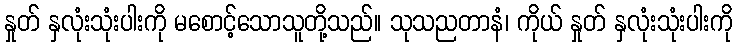
နှုတ် နှလုံးသုံးပါးကို မစောင့်သောသူတို့သည်။ သုသညတာနံ၊ ကိုယ် နှုတ် နှလုံးသုံးပါးကို